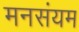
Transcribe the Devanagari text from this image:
मनसंयम